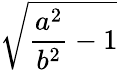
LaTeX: \sqrt{{\frac{a^{2}}{b^{2}}}-1}